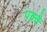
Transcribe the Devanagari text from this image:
पक्‍क्‍े